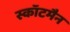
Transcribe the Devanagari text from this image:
स्कॉटमैन